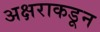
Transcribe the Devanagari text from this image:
अक्षराकडून